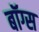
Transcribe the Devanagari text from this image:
बॉग्स